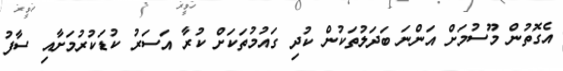
އެގޮތުން މޫސުމަށް އަންނަ ބަދަލުތަކުން ކުދި ގައުމުތަކަށް ކުރާ އަސަރު ކުޑަކުރުމަށާއި ސާފު